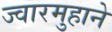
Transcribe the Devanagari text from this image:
ज्वारमुहाने